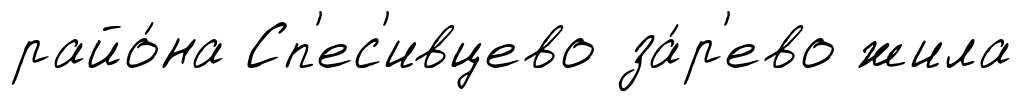
райо́на Сп'ес'ивцево за́р'ево жила